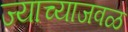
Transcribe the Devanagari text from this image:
ज्याच्याजवळ